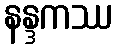
နန္ဒကဿ